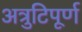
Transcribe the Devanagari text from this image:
अत्रुटिपूर्ण